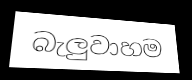
බැලුවාහම